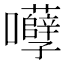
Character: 𡅲